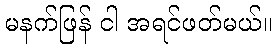
မနက်ဖြန် ငါ အရင်ဖတ်မယ်။